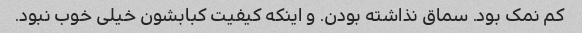
کم نمک بود. سماق نذاشته بودن. و اینکه کیفیت کبابشون خیلی خوب نبود.